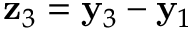
{ \bf z } _ { 3 } = { \bf y } _ { 3 } - { \bf y } _ { 1 }